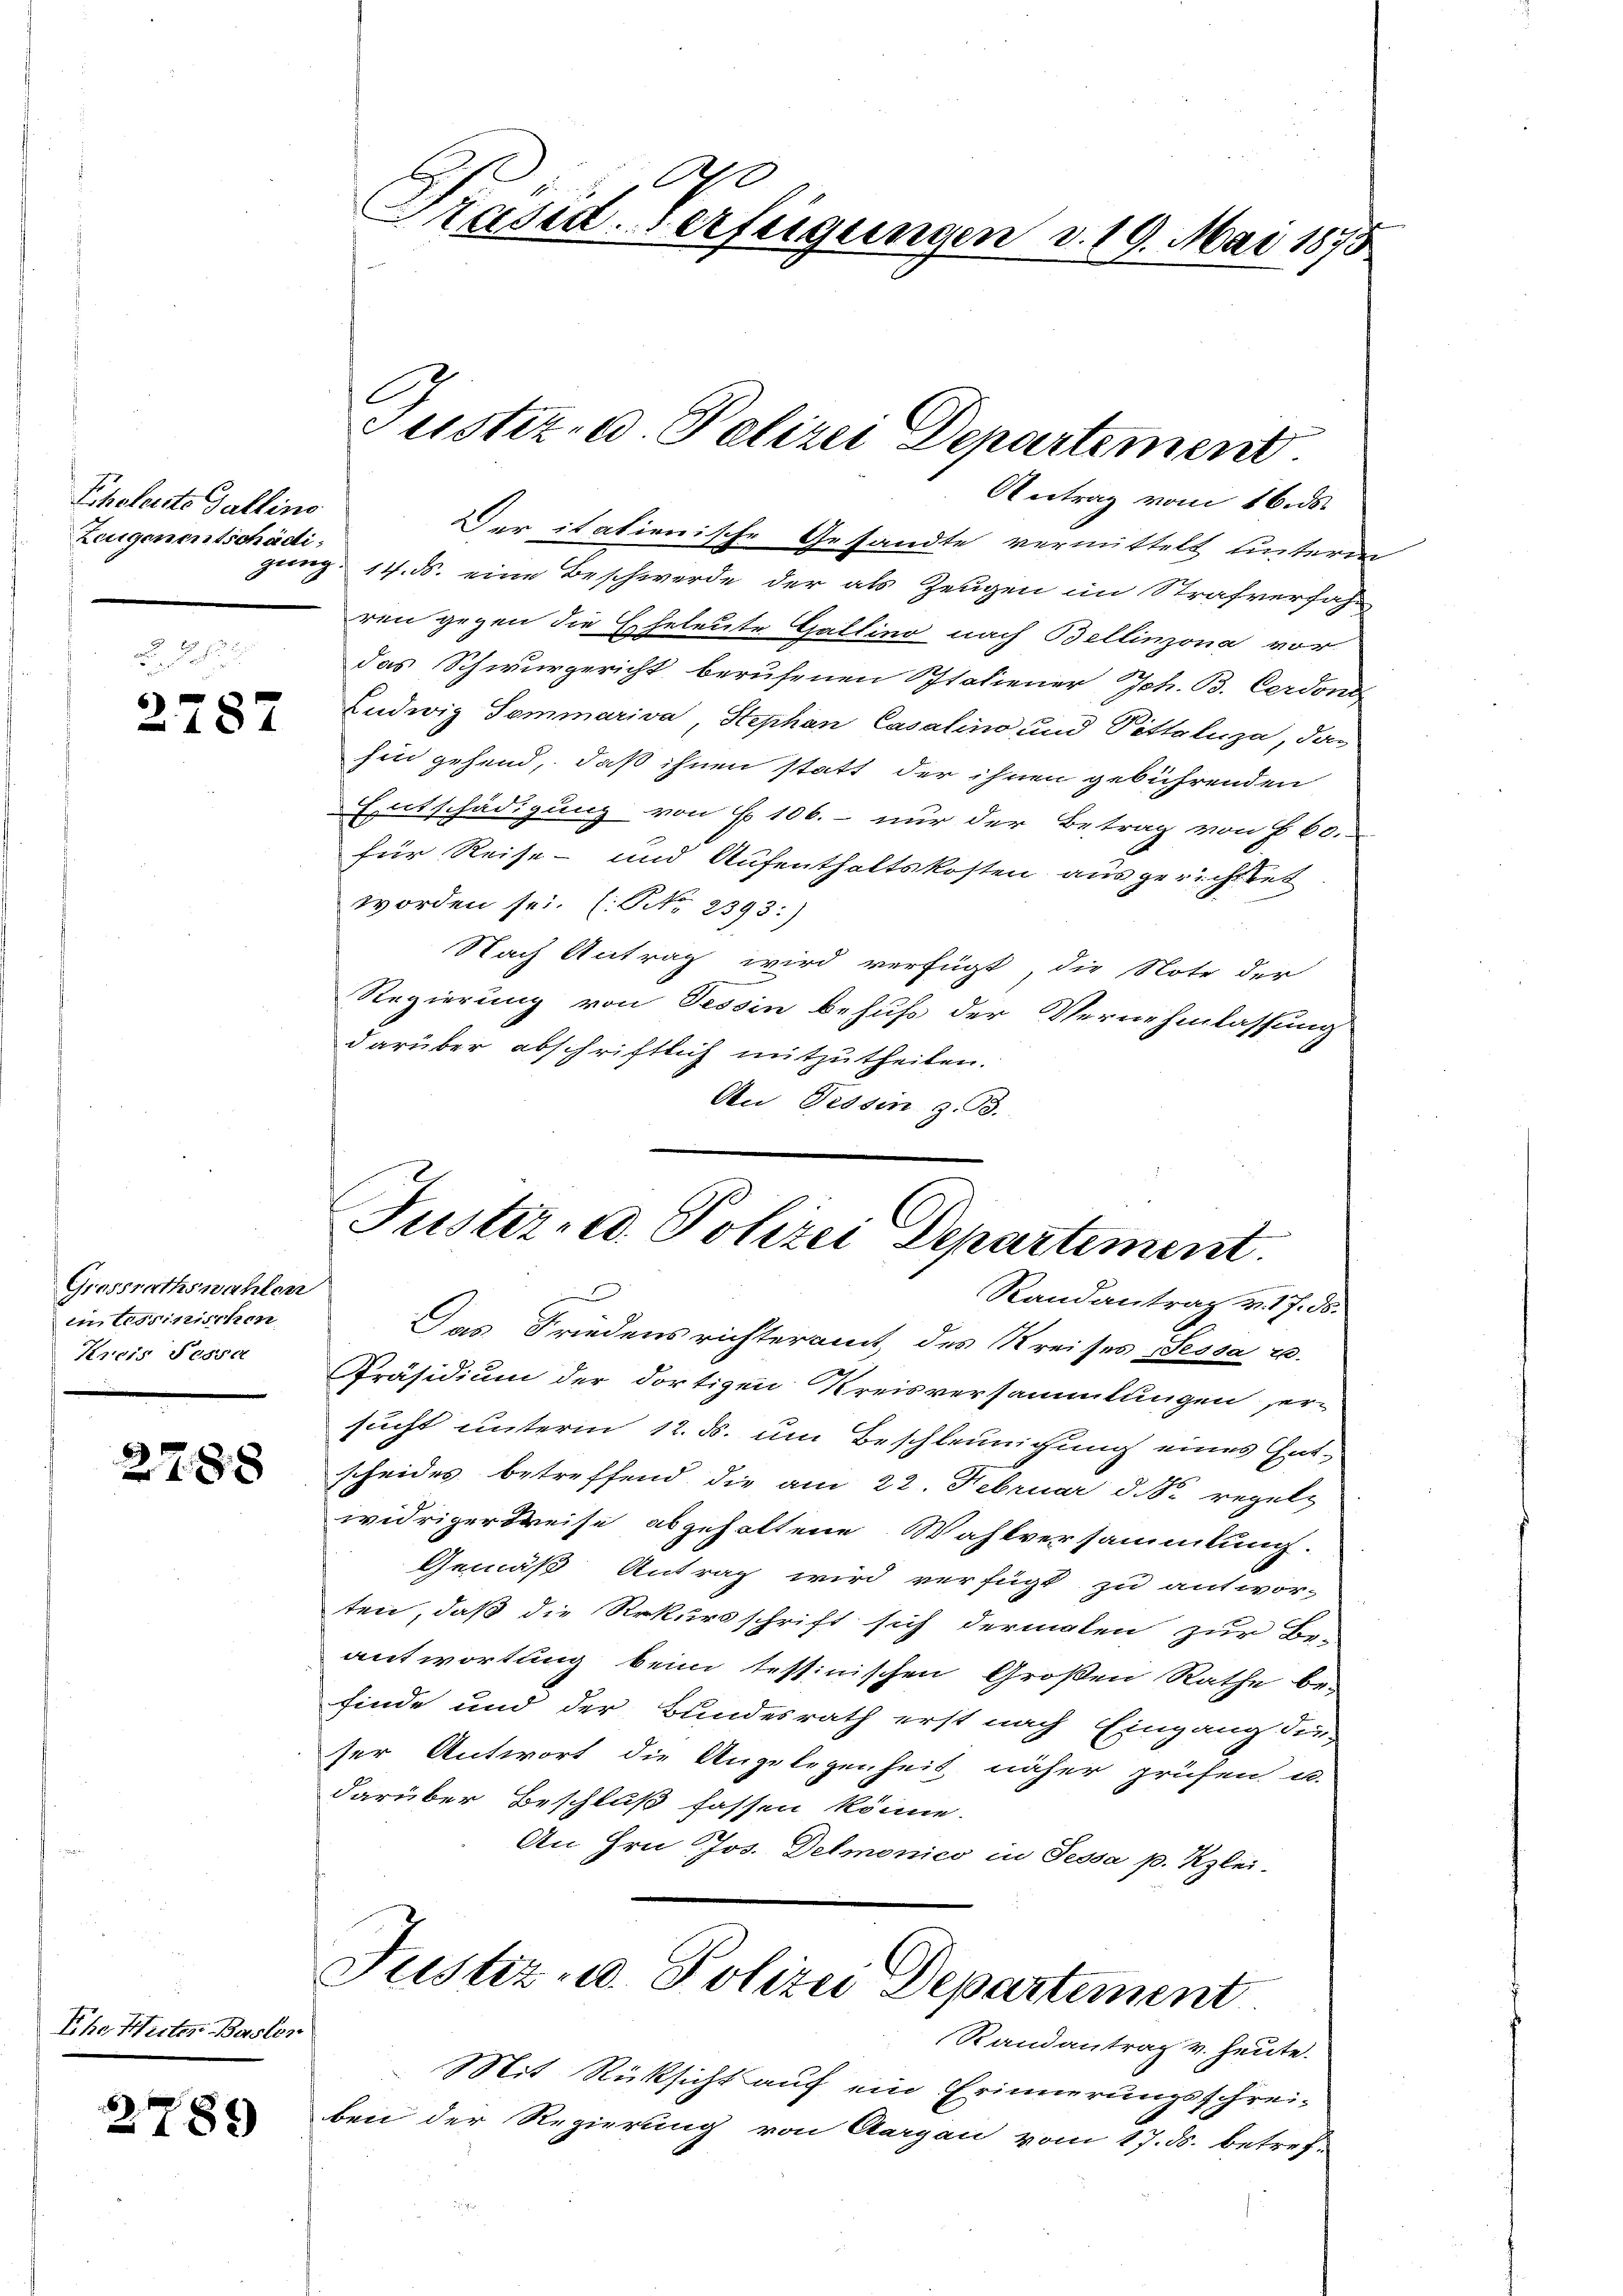
Choleste Gallino
Zeugenentschädi

2787

Grossrathswahlen
in Ussinischen
Kreis Tesser

2788

Ehe, Meter Basler

2789

A
Prassa-Verfügungen d. 19. Mai 1875

e

Antrag vom 16. ds.
Der itationische Gesandte vermittelt unterm
gung. 14. ds. eine Beschwerde der als Zeugen im Strafverfahren gegen die eheleute Gattino, nach Bellinzona vor
das Schwurgericht berufenen Schtaliener Joh. B. Cerdone
Ludwig Sommariva, Stephan Casalino und Pittaluza, das
hin gehend, daß ihnen statt der ihnen gebührenden
Entschädigung von § 106. - nur der Betrag von § 60.
für Reise- und Aufenthaltskosten ausgerichttet
worden sei. (NNo. 2393:)
Nach Antrag wird verfügt, die Note der
Regierung von Tessin behufs der Vernehmlassung
darüber abschriftlich mitzutheilen.
An Tessin, z. B.
Das Friedensrichteramt des Kreises Tessa u.
Präsidium der dortigen Kreisversammlungen, er-
sucht unterm 12. ds. um Beschleunigung eines Gutscheides betreffend die am 22. Februar d. So regeln
widrigerkreise abgeholtene Wahlversammlung.
Gemäß Antrag wird verfügt zu antwor-
ten, daß die Rekursschrift sich dermalen zur Be-
antwortung beim tessinischen Großen Rathe be-
finde und der Bundesrath erst nach Eingang des
ser Antwort die Angelegenheit näher prüfen u.
darüber Beschluß fassen könne.
An Hrn Jos. Demonico in Tessa p. Kzlei-
Justiz- u. Polizei Departement
Randantrag v. heute.
Mit Rücksicht auf ein Erinnerungsschrei-
ben der Regierung von Aargau vom 17. ds. betref-

Justiz- u. Polizei Departement

Juster- u. Polizei Departement.
x
Randantrag v. 17. ds.